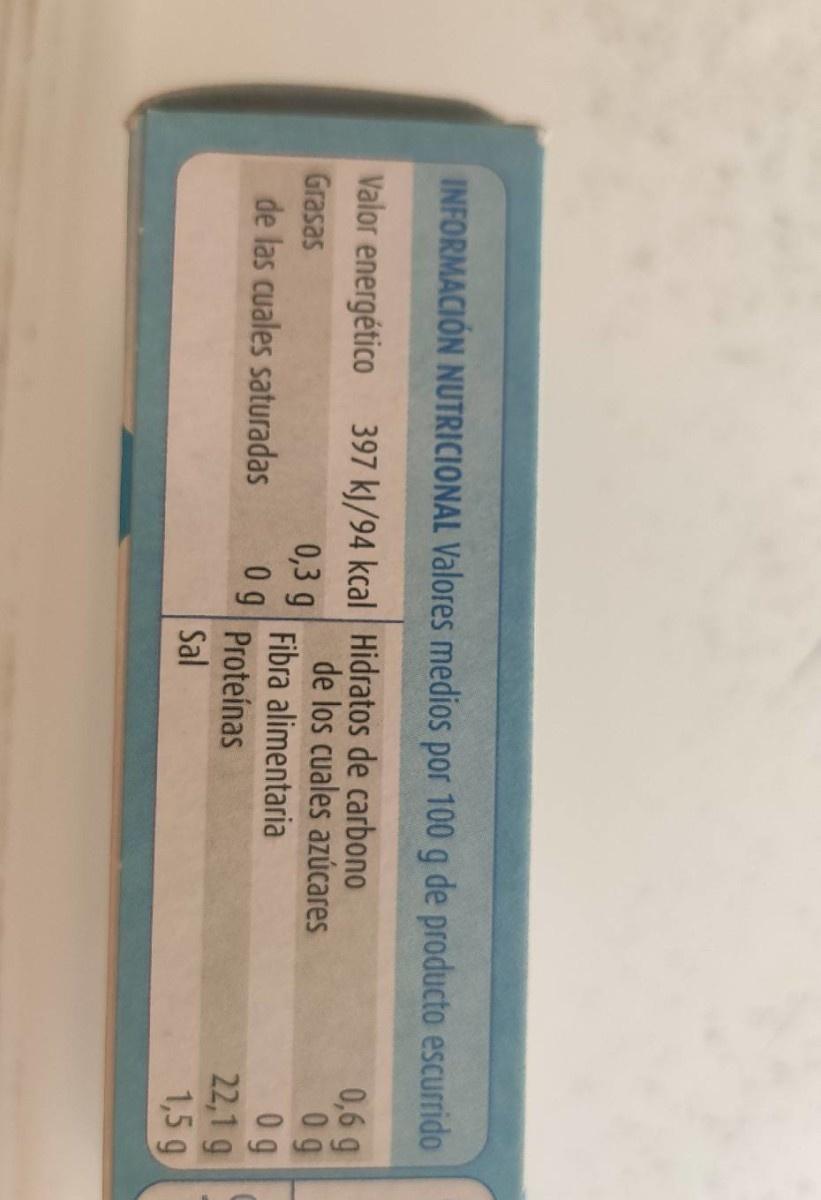
INFORMACIÓN NUTRICIONAL Valores medios por 100 g de producto escurrido 0,6 g 0g 0 9
Valor energético 397 kJ/94 kcal Hidratos de carbono
de los cuales azúcares Fibra alimentaria 0 9 Proteínas
Grasas
0,3 g
22,1 g 1,5 g
de las cuales saturadas
Sal